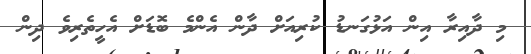
މި ދާއިރާ އިން އަޅުގަނޑު ކުރިއަށް ދާން އެންމެ ބޮޑަށް އެހީތެރިވެ ދިން